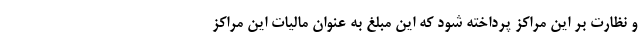
و نظارت بر این مراکز پرداخته شود که این مبلغ به عنوان مالیات این مراکز